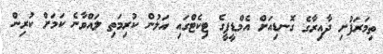
ތިމަރަފުށި ދާއިރާގެ ގޮނޑިއަށް އެމްޑީޕީގެ ޓިކެޓްގައި އަލުން ކުރިމަތި ލައްވާނެ ކަމަށް ކުރިން